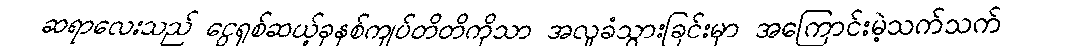
ဆရာလေးသည် ငွေရှစ်ဆယ့်ခုနစ်ကျပ်တိတိကိုသာ အလှုခံသွားခြင်းမှာ အကြောင်းမဲ့သက်သက်